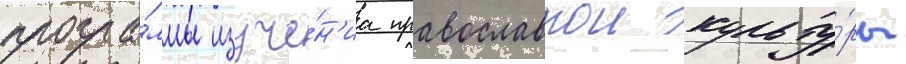
програ́ммы изуче́н'иа православнои культу́ры